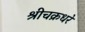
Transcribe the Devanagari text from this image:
श्रीचक्रधरे